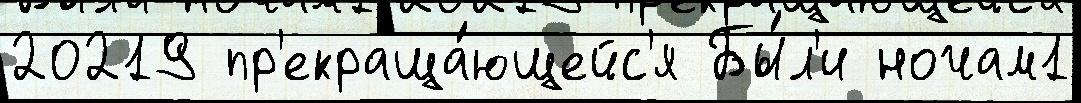
20219 пр'екраща́ющейс'я Бы́л'и ночам1